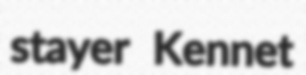
stayer Kennet